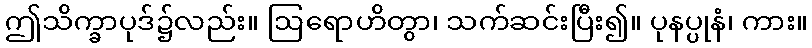
ဤသိက္ခာပုဒ်၌လည်း။ ဩရောဟိတွာ၊ သက်ဆင်းပြီး၍။ ပုနပ္ပုနံ၊ ကား။